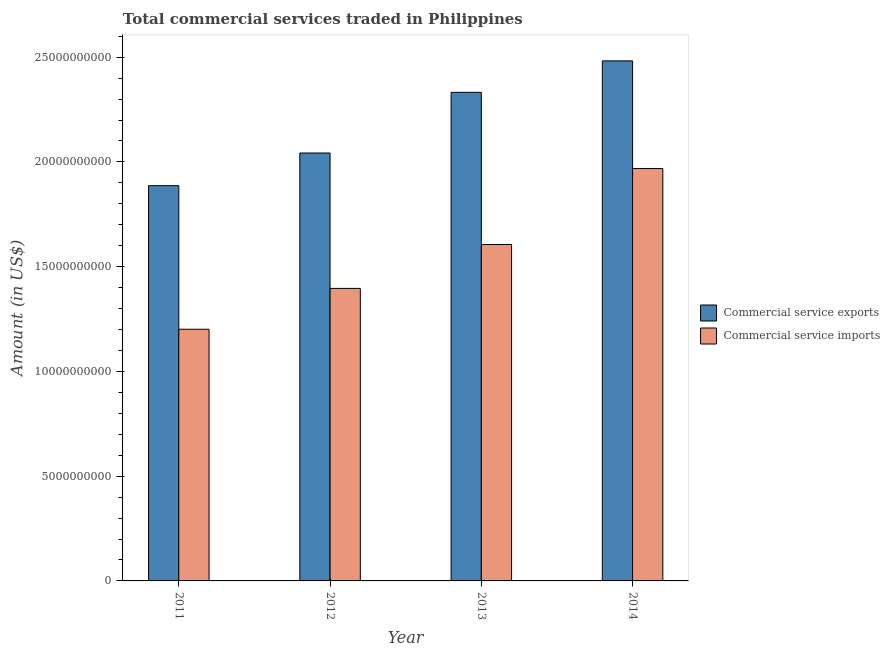
| Year | Commercial service exports | Commercial service imports |
 | --- | --- | --- |
 | 2011 | 1.89e+10 | 1.2e+10 |
 | 2012 | 2.04e+10 | 1.4e+10 |
 | 2013 | 2.33e+10 | 1.61e+10 |
 | 2014 | 2.48e+10 | 1.97e+10 |